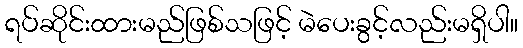
ရပ်ဆိုင်းထားမည်ဖြစ်သဖြင့် မဲပေးခွင့်လည်းမရှိပါ။